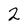
Character: 2